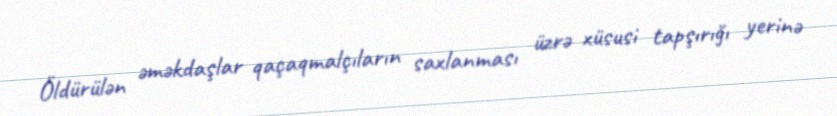
Öldürülən əməkdaşlar qaçaqmalçıların saxlanması üzrə xüsusi tapşırığı yerinə